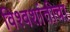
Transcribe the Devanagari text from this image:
विश्वशांतीचा